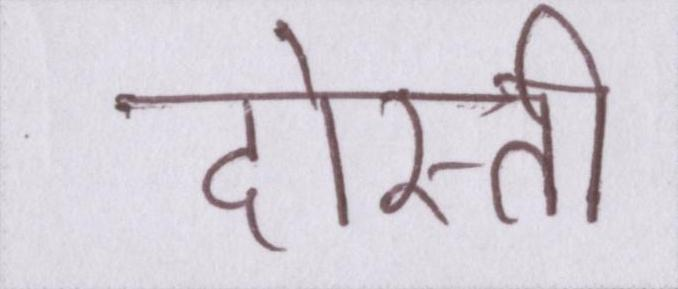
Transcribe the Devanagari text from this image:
दोस्ती